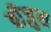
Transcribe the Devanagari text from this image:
बीज़ुस